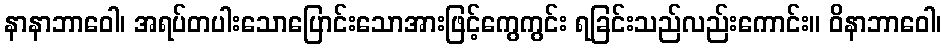
နာနာဘာဝေါ၊ အရပ်တပါးသောပြောင်းသောအားဖြင့်ကွေကွင်း ရခြင်းသည်လည်းကောင်း။ ဝိနာဘာဝေါ၊